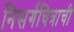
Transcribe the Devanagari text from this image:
निसर्गचित्राची